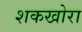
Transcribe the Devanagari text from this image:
शकखोरा